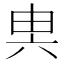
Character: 𠔔